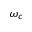
\omega _ { c }